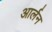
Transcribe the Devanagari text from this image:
आर्लन